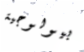
بيولوجية